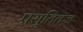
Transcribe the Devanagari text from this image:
प्रसूतितज्ञ